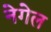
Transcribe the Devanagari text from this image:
नेगेल